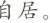
自居。